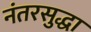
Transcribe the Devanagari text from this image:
नंतरसुद्धा